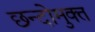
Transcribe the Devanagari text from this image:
छन्दोमुक्त